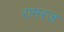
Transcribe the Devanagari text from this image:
रामरज